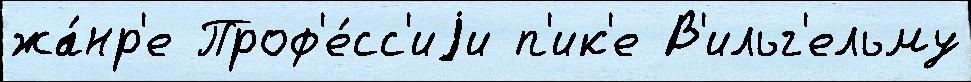
жа́нр'е Проф'е́сс'иjи п'ик'е В'ильг'ельму